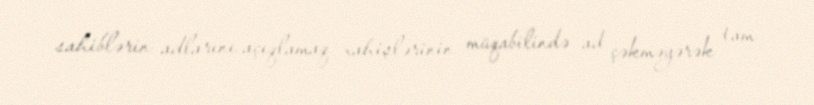
sahiblərin adlarını açıqlamaq xahişlərinin müqabilində ad çəkməyərək tam